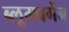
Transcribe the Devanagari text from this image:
ब्लूमबर्गेन